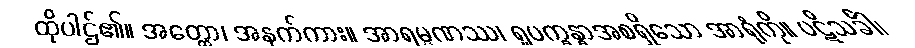
ထိုပါဌ်၏။ အတ္ထော၊ အနက်ကား။ အာရမ္မဏဿ၊ ရူပက္ခန္ဓာအစရှိသော အာရုံကို။ ပဋိသင်္ခါ၊